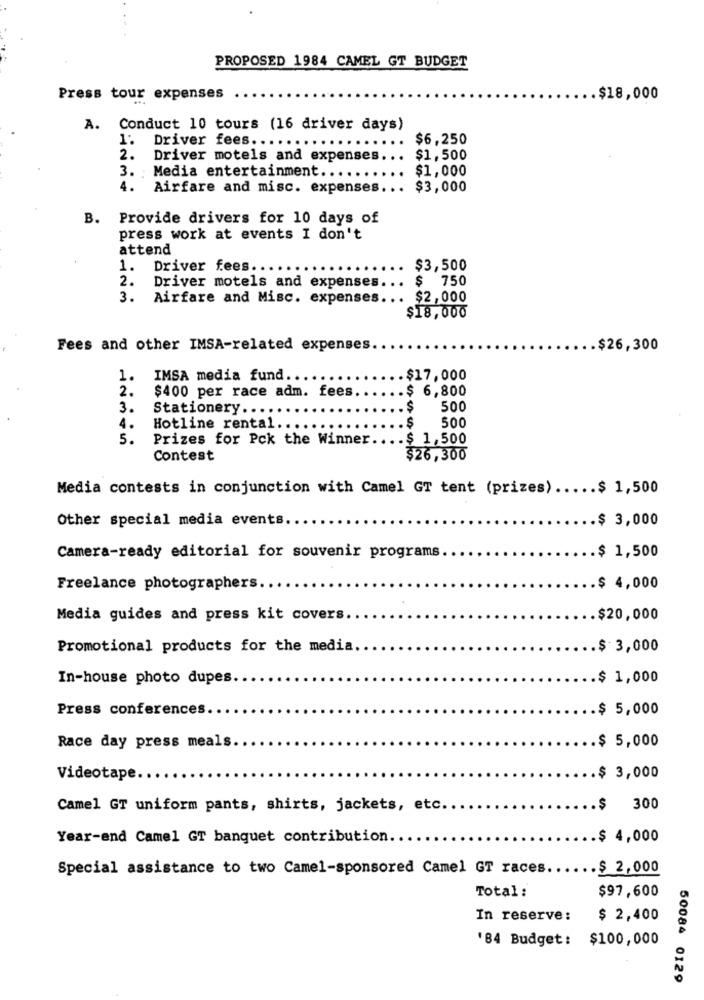
PROPOSED 1984 CAMEL GT BUDGET
Press tour expenses
.$18,000
A. Conduct 10 tours (16 driver days)
1: Driver fees ...
..
$6,250
2.
Driver motels and expenses ...
$1,500
$1,000
3. Media entertainment .....
...
4. Airfare and misc. expenses ... $3,000
B.
Provide drivers for 10 days of
press work at events I don't
attend
1.
Driver fees.
$3,500
$ 750
2.
Driver motels and expenses. ..
3.
Airfare and Misc. expenses ... $2, 000
$18,000
Fees and other IMSA-related expenses.
.$26,300
1.
IMSA media fund ...
.. $17,000
2.
$400 per race adm. fees
.... $ 6,800
3.
Stationery ...
... $
500
.S
500
4.
Hotline rental
5.
Prizes for Pck the Winner .... $ 1,500
Contest
$26,300
Media contests in conjunction with Camel GT tent (prizes) ..... $ 1,500
Other special media events.
.. $ 3,000
Camera-ready editorial for souvenir programs
.$ 1,500
Freelance photographers.
.$ 4,000
Media guides and press kit covers.
.$20,000
Promotional products for the media.
.$ 3,000
In-house photo dupes.
.. $ 1,000
Press conferences.
.$ 5,000
.$ 5,000
Race day press meals.
Videotape ..
.$ 3,000
Camel GT uniform pants, shirts, jackets, etc.
.$ 300
Year-end Camel GT banquet contribution.
.$ 4,000
Special assistance to two Camel-sponsored Camel GT races
.$ 2,000
Total :
$97,600
In reserve:
$ 2,400
'84 Budget: $100,000
50084 0129